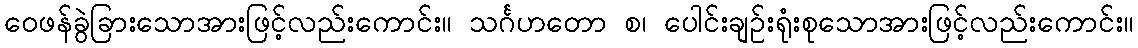
ဝေဖန်ခွဲခြားသောအားဖြင့်လည်းကောင်း။ သင်္ဂဟတော စ၊ ပေါင်းချဉ်းရုံးစုသောအားဖြင့်လည်းကောင်း။